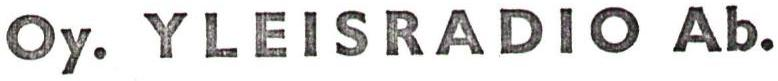
Oy. YLEISRADlO Ab.